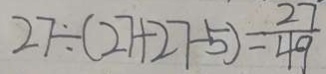
2 7 \div ( 2 7 + 2 7 - 5 ) = \frac { 2 7 } { 4 9 }